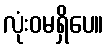
လုံးဝမရှိပေ။